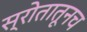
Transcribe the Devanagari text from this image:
स्रोतातूनच